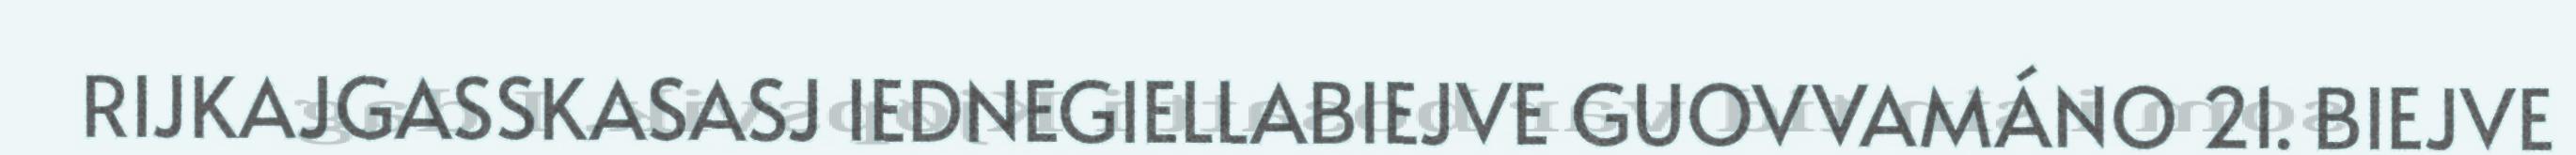
RIJKAJGASSKASASJ IEDNEGIELLABIEJVE GUOVVAMÁNO 21. BIEJVE